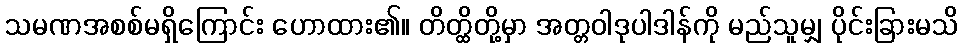
သမဏအစစ်မရှိကြောင်း ဟောထား၏။ တိတ္ထိတို့မှာ အတ္တဝါဒုပါဒါန်ကို မည်သူမျှ ပိုင်းခြားမသိ